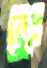
দুঃ